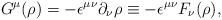
LaTeX: \begin{align*}G^{\mu}(\rho)=-{\epsilon}^{{\mu}{\nu}}{\partial}_{\nu}{\rho}\equiv -{\epsilon}^{{\mu}{\nu}}F_{\nu}({\rho}),\end{align*}